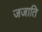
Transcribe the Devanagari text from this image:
जजाति